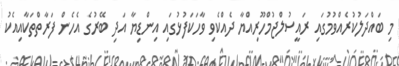
މި ބައްދަލުކުރެއްވުމުގައި ރައީސުލްޖުމްހޫރިއްޔާ ދެއްކެވި ވާހަކަފުޅުގައި އިންޑިޔާ އަދި ބޭރުގެ އެހެން ފަރާތްތަކާއިއެކު